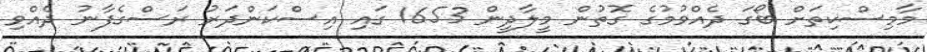
މާމިސްކިތަށް ބޯގަ ދެއްވުމުގެ ގޮތުން މީލާދީން 1653 ގައި އިސްކަންދަރު ރަސްގެފާނު ދެއްވި